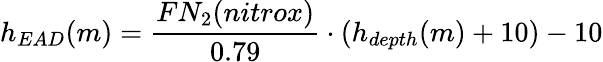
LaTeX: h_{EAD}(m)={\frac{FN_{2}(nitrox)}{0.79}}\cdot(h_{depth}(m)+10)-10